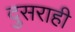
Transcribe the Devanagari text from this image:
दुसराही